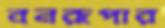
বনরূপার